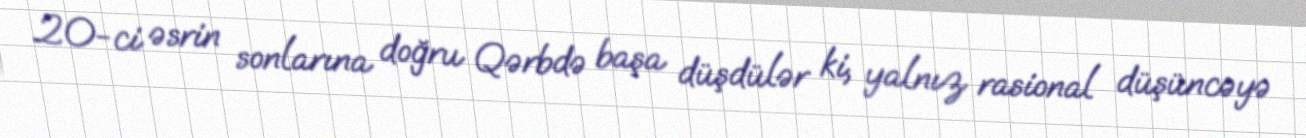
20-ci əsrin sonlarına doğru Qərbdə başa düşdülər ki, yalnız rasional düşüncəyə